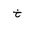
Letter: _kha